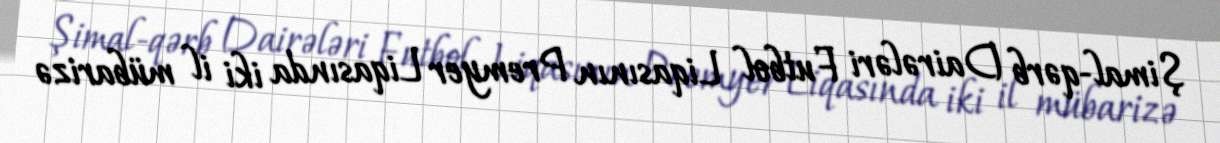
Şimal-qərb Dairələri Futbol Liqasının Premyer Liqasında iki il mübarizə